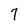
Character: 7